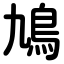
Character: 鳩